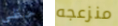
حظي منزعجه